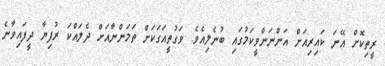
ރީތިކޮށް އޭނަ ކައިރިއަށް އަންނަންވީކަމުގައި ބުނެލިއެވެ. ވަގުތީއަގަކަށް ތަމަންނާއަށް ދެލައްކަ ރުފިޔާ ދީފައިވާނެ